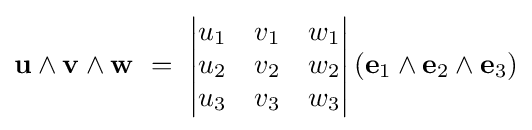
\mathbf {u} \wedge \mathbf {v} \wedge \mathbf {w} \ =\ {\begin{vmatrix}u_{1}&v_{1}&w_{1}\\u_{2}&v_{2}&w_{2}\\u_{3}&v_{3}&w_{3}\end{vmatrix}}\left(\mathbf {e} _{1}\wedge \mathbf {e} _{2}\wedge \mathbf {e} _{3}\right)